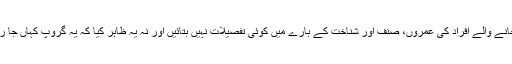
انہوں نے حراست میں لیے جانے والے افراد کی عمروں، صنف اور شناخت کے بارے میں کوئی تفصیلات نہیں بتائیں اور نہ یہ ظاہر کیا کہ یہ گروپ کہاں جا رہا تھا جب انہیں روک لیا گیا۔